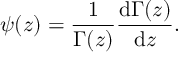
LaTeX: \psi ( z ) = \frac { 1 } { \Gamma ( z ) } \frac { \mathrm { d } \Gamma ( z ) } { \mathrm { d } z } .